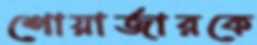
শোয়ার্জারকে